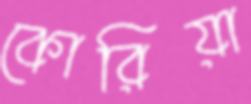
কোরিয়া